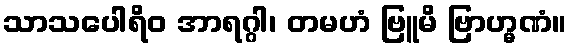
သာသပေါရိဝ အာရဂ္ဂါ၊ တမဟံ ဗြူမိ ဗြာဟ္မဏံ။